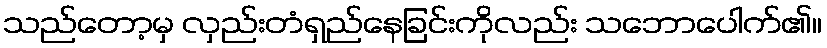
သည်တော့မှ လှည်းတံရှည်နေခြင်းကိုလည်း သဘောပေါက်၏။